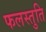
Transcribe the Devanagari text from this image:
फलस्तुति